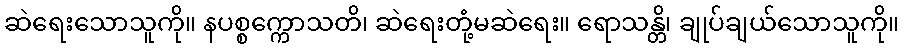
ဆဲရေးသောသူကို။ နပစ္စက္ကောသတိ၊ ဆဲရေးတုံ့မဆဲရေး။ ရောသန္တိ၊ ချုပ်ချယ်သောသူကို။